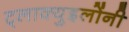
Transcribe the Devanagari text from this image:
ट्लाक्युइलोंनी